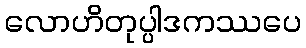
လောဟိတုပ္ပါဒကဿပေ